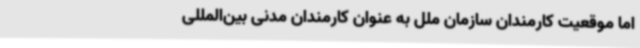
اما موقعیت کارمندان سازمان ملل به عنوان کارمندان مدنی بین‌المللی